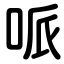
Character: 哌